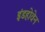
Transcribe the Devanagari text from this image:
इंडहोवेन